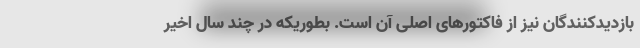
بازدیدکنندگان نیز از فاکتورهای اصلی آن است. بطوریکه در چند سال اخیر